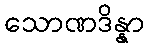
သောဏဒိန္နာ